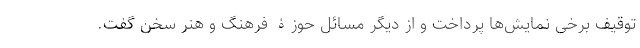
توقیف برخی نمایش‌ها پرداخت و از دیگر مسائل حوزۀ فرهنگ و هنر سخن گفت.